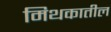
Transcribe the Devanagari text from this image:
मिथकातील